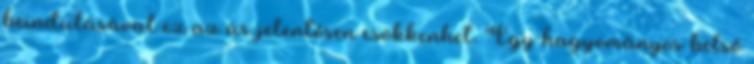
beindulásával ez az ár jelentősen csökkenhet. Egy hagyományos belső